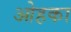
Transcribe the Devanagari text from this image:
ओहका